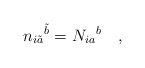
\begin{align*}{n_{i\tilde{a}}}^{\tilde{b}} = {N_{ia}}^b\quad,\end{align*}